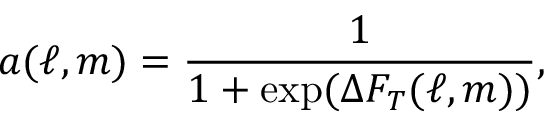
a ( \ell , m ) = \frac { 1 } { 1 + \exp ( \Delta F _ { T } ( \ell , m ) ) } ,